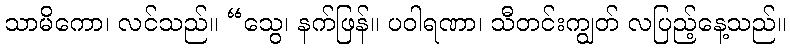
သာမိကော၊ လင်သည်။ “သွေ၊ နက်ဖြန်။ ပဝါရဏာ၊ သီတင်းကျွတ် လပြည့်နေ့သည်။